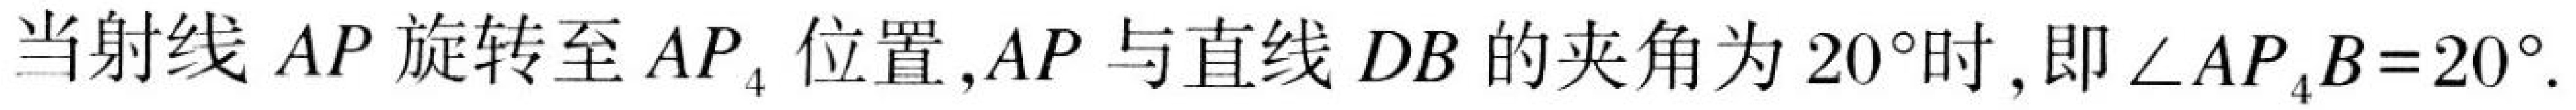
当射线 \(AP\) 旋转至 \(AP_{4}\) 位置,\(AP\) 与直线 \(DB\) 的夹角为 \(20^{\circ}\)时,即 \(\angle AP_{4}B = 20^{\circ}\).